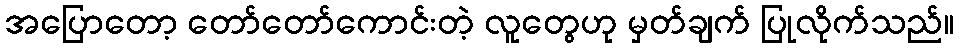
အပြောတော့ တော်တော်ကောင်းတဲ့ လူတွေဟု မှတ်ချက် ပြုလိုက်သည်။